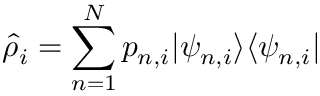
\hat { \rho } _ { i } = \sum _ { n = 1 } ^ { N } p _ { n , i } \vert \psi _ { n , i } \rangle \langle \psi _ { n , i } \vert